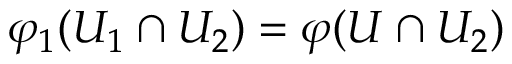
\varphi _ { 1 } ( U _ { 1 } \cap U _ { 2 } ) = \varphi ( U \cap U _ { 2 } )